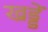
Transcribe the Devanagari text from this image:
खड्डें